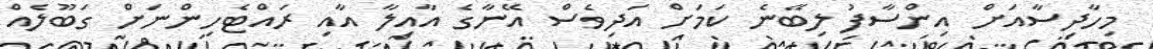
މިހާދިސާއަށް އިންސާފު ލިބޭނެ ކަމަށް އަދިވެސް އޭނާގެ އާއިލާ އާއި ރައްޓެހިންނަށް ގަބޫލެއް